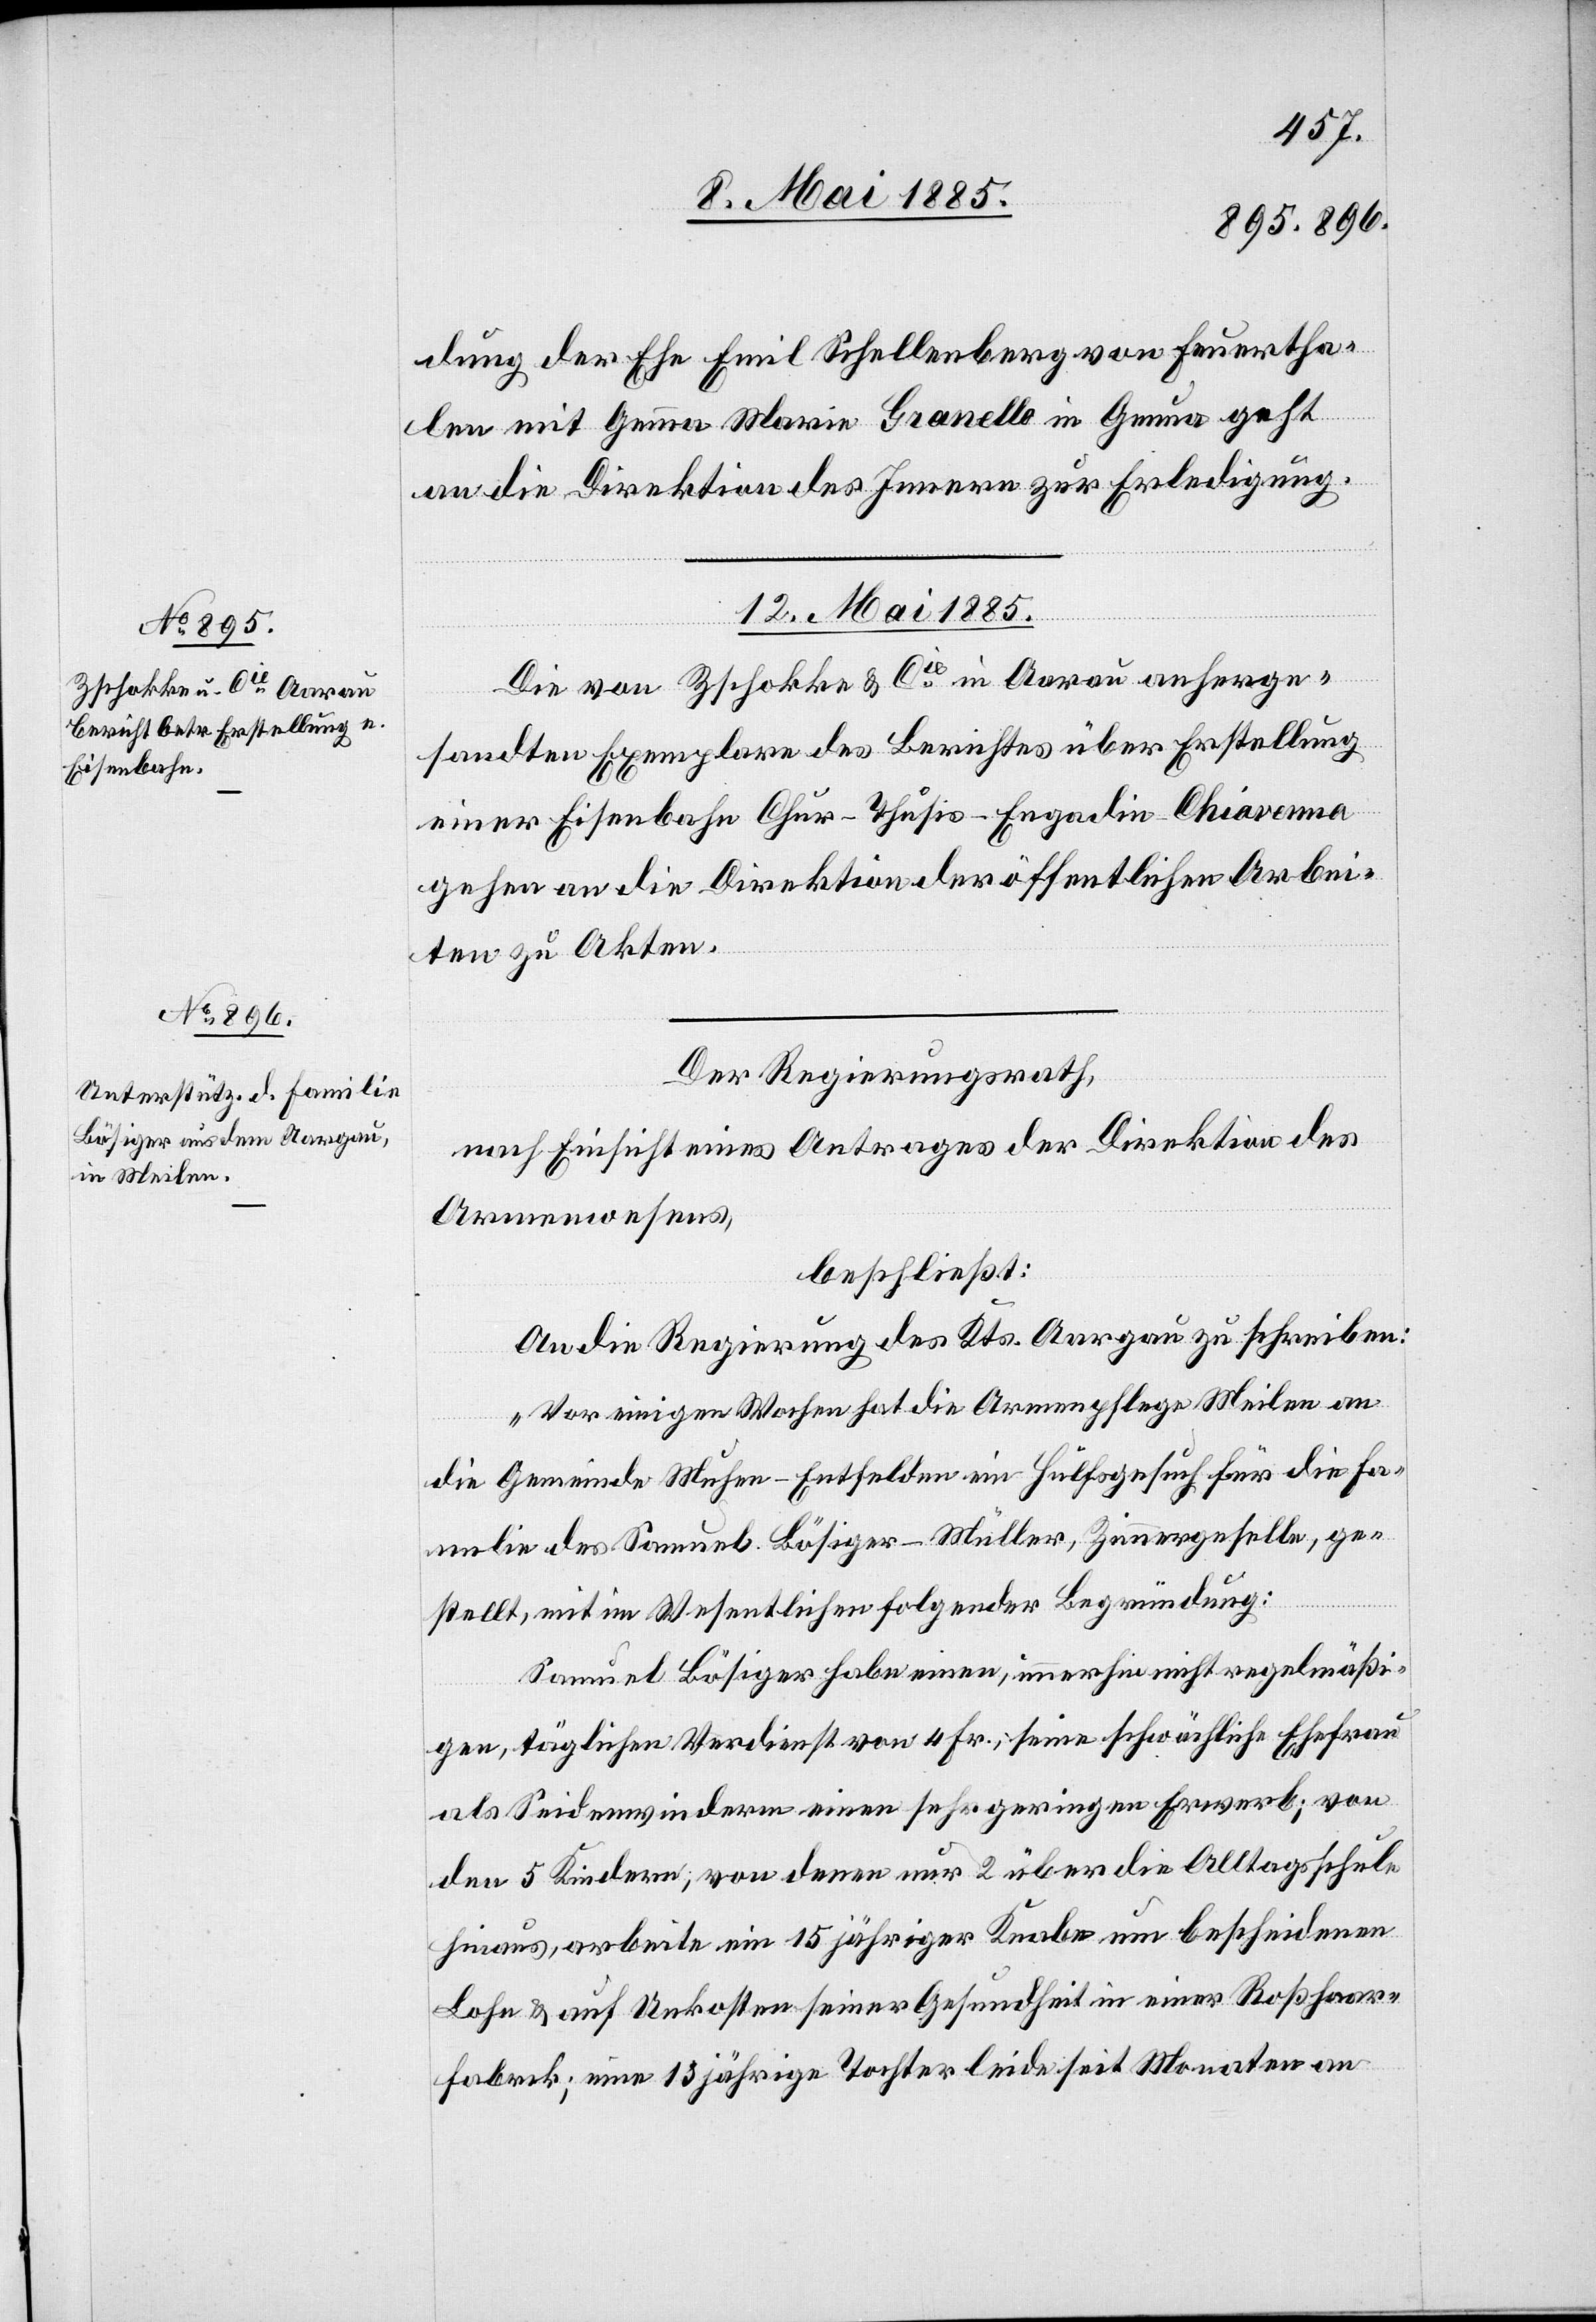
dung der Ehe Emil Schellenberg von Feuertha¬
len mit Gemma Marie Granello in Genua geht
an die Direktion des Innern zur Erledigung.
12. Mai 1885.]
Die von Zschokke & Cie in Aarau anherge¬
sandten Exemplare des Berichtes über Erstellung
einer Eisenbahn Chur–Thusis–Engadin–Chiavenna
gehen an die Direktion der öffentlichen Arbei¬
ten zu Akten.
Der Regierungsrath,
nach Einsicht eines Antrages der Direktion des
Armenwesens,
beschließt:
An die Regierung des Kts. Aargau zu schreiben:
„Vor einigen Wochen hat die Armenpflege Meilen an
die Gemeinde Muhen - Entfelden ein Hülfsgesuch für die Fa¬
ge¬
stellt, mit im Wesentlichen folgender Begründung:
Samuel Bösiger habe einen, immerhin nicht regelmäßi¬
gen, täglichen Verdienst von 4 Fr., seine schwächliche Ehefrau
als Seidenwinderin deren einen sehr geringen Erwerb; von
den 5 Kindern, von denen nur 2 über die Alltagsschule
hinaus, arbeite ein 15jähriger Knabe um bescheidenen
Lohn & auf Unkosten seiner Gesundheit in einer Roßhaar¬
fabrik; eine 13jährige Tochter leide seit Monaten an